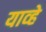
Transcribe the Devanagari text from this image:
याव्‍हे